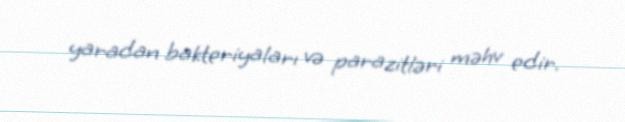
yaradan bakteriyaları və parazitləri məhv edir.